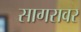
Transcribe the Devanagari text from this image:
सागरावर